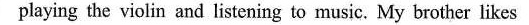
playing the violin and listening to music. My brother likes